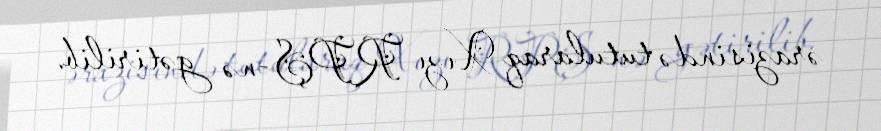
ərazisində tutularaq Xızı RPŞ-nə gətirilib.